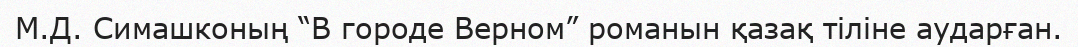
М.Д. Симашконың “В городе Верном” романын қазақ тіліне аударған.